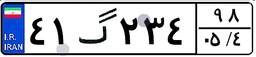
۱۴گ۲۳۹۹۷